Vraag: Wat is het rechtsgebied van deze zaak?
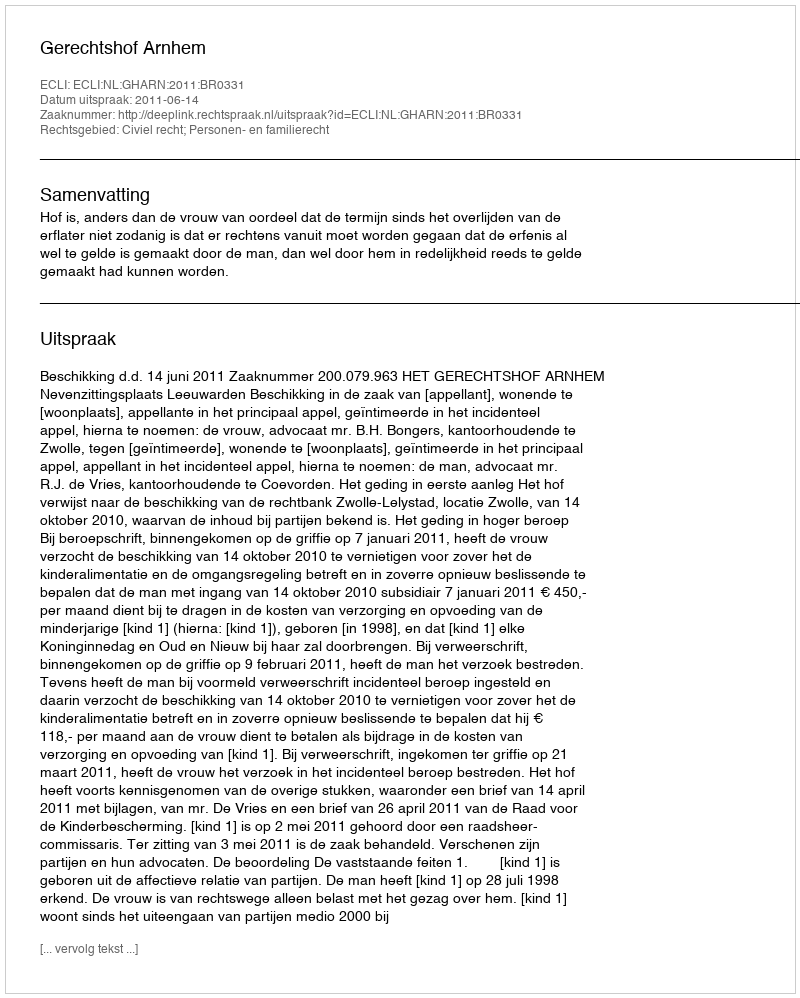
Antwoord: Civiel recht; Personen- en familierecht